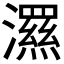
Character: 𭳗